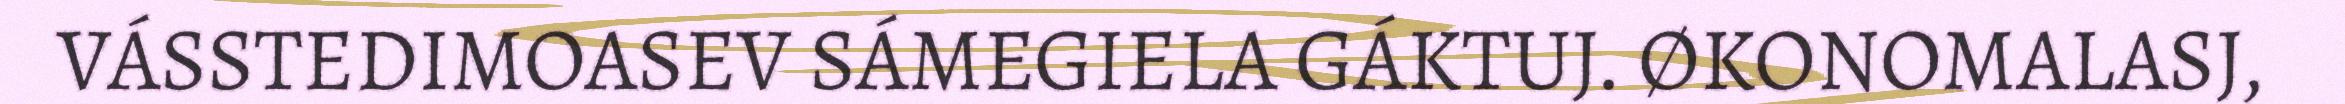
VÁSSTEDIMOASEV SÁMEGIELA GÁKTUJ. ØKONOMALASJ,